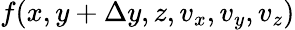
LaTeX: f(x,y+\Delta y,z,v_{x},v_{y},v_{z})